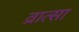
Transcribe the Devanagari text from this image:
व्रात्सा